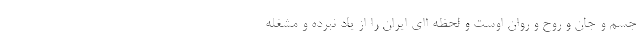
جسم و جان و روح و روان اوست و لحظه اای ایران را از یاد نبرده و مشغله